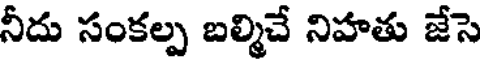
నీదు సంకల్ప బల్మిచే నిహతు జేసె